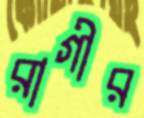
রাগীর